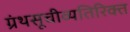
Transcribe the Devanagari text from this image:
ग्रंथसूचीव्यतिरिक्त